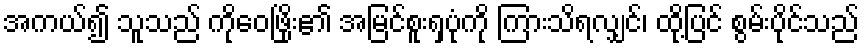
အကယ်၍ သူသည် ကိုဝေဖြိုး၏ အမြင်စူးရှပုံကို ကြားသိရလျှင်၊ ထို့ပြင် စွမ်းပိုင်သည်